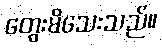
တွေးမိသေးသည်။